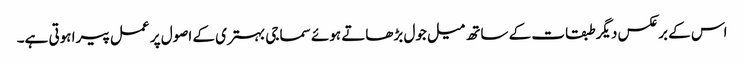
اس کے برعکس دیگر طبقات کے ساتھ میل جول بڑھاتے ہوئے سماجی بہتری کے اصول پر عمل پیرا ہوتی ہے۔